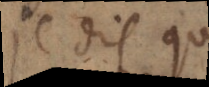
je dis que